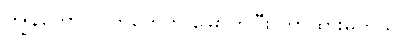
ကျွန်တော် လက်တွေကို မြှောက်ပြီး ကာထားမိတယ်။